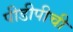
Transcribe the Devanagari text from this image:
पीडीपीची